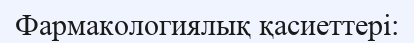
Фармакологиялық қасиеттері: